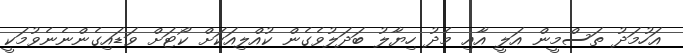
އަހުމަދު ތަސްމީން އަލީ އާއި މެދު ހިޔާލު ބަދަލުވެގެން ކުއްލިއަކަށް ކޯޓަށް ވަޑައިގެންނެނެވުމަކީ